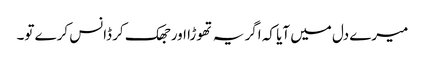
میرے دل میں آیا کہ اگر یہ تھوڑا اور جھک کر ڈانس کرے تو۔